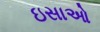
ઇસાઓ